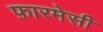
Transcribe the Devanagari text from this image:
फ़ारमेसी